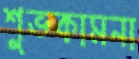
শুভকামনা